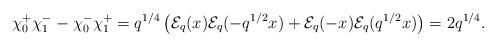
LaTeX: \begin{align*} \chi_{0}^{+}\chi_{1}^{-}-\chi_{0}^{-}\chi_{1}^{+}=q^{1/4}\left(\mathcal{E}_{q}(x)\mathcal{E}_{q}(-q^{1/2}x)+\mathcal{E}_{q}(-x)\mathcal{E}_{q}(q^{1/2}x)\right)=2q^{1/4}. \end{align*}